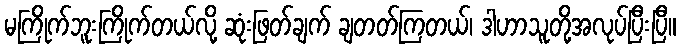
မကြိုက်ဘူးကြိုက်တယ်လို့ ဆုံးဖြတ်ချက် ချတတ်ကြတယ်၊ ဒါဟာသူတို့အလုပ်ပြီးပြီ။